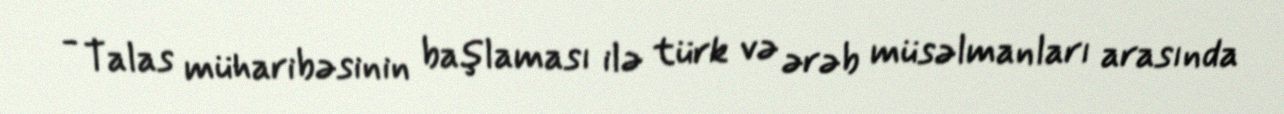
- Talas müharibəsinin başlaması ilə türk və ərəb müsəlmanları arasında